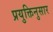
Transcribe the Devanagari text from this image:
प्रयुक्तिनुसार